Suggestions for procedure with regard to school attendance under the Education (Scotland) Act, 1936, sections 1 to 3 and 5, 1936
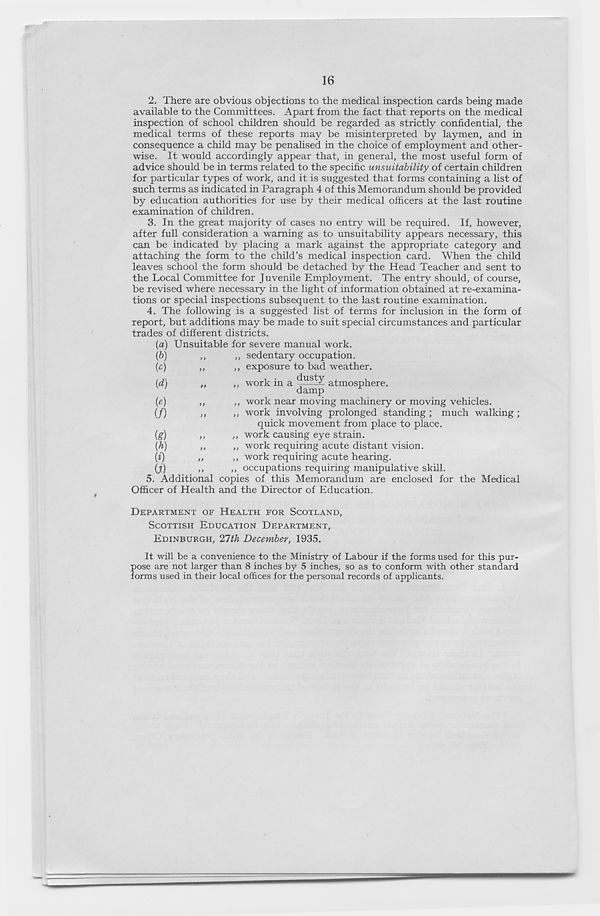
16
2. There are obvious objections to the medical inspection cards being made
available to the Committees. Apart from the fact that reports on the medical
inspection of school children should be regarded as strictly confidential, the
medical terms of these reports may be misinterpreted by laymen, and in
consequence a child may be penalised in the choice of employment and other-
wise. It would accordingly appear that, in general, the most useful form of
advice should be in terms related to the specific unsuitability of certain children
for particular types of work, and it is suggested that forms containing a list of
such terms as indicated in Paragraph 4 of this Memorandum should be provided
by education authorities for use by their medical officers at the last routine
examination of children.
3. In the great majority of cases no entry will be required. If, however,
after full consideration a warning as to unsuitability appears necessary, this
can be indicated by placing a mark against the appropriate category and
attaching the form to the child’s medical inspection card. When the child
leaves school the form should be detached by the Head Teacher and sent to
the Local Committee for Juvenile Employment. The entry should, of course,
be revised where necessary in the light of information obtained at re-examina-
tions or special inspections subsequent to the last routine examination.
4. The following is a suggested list of terms for inclusion in the form of
report, but additions may be made to suit special circumstances and particular
trades of different districts.
{a) Unsuitable for severe manual work.
(P)
(c)
(d)
{e)
(/)
(g)
W
W
U)
5. Additional
,, sedentary occupation.
,, exposure to bad weather.
,, work in a
atmosphere,
damp
,, work near moving machinery or moving vehicles.
,, work involving prolonged standing ; much walking ;
quick movement from place to place.
,, work causing eye strain.
,, work requiring acute distant vision.
,, work requiring acute hearing.
,, occupations requiring manipulative skill,
copies of this Memorandum are enclosed for the Medical
Officer of Health and the Director of Education.
DEPARTMENT OF HEALTH FOR SCOTLAND,
SCOTTISH EDUCATION DEPARTMENT,
EDINBURGH, 21th December, 1935.
It will be a convenience to the Ministry of Labour if the forms used for this pur-
pose are not larger than 8 inches by 5 inches, so as to conform with other standard
forms used in their local offices for the personal records of applicants.